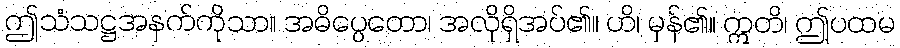
ဤသံသဋ္ဌအနက်ကိုသာ။ အဓိပ္ပေတော၊ အလိုရှိအပ်၏။ ဟိ၊ မှန်၏။ ဣတိ၊ ဤပထမ